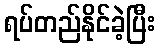
ရပ်တည်နိုင်ခဲ့ပြီး